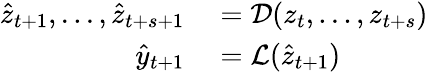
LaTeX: \begin{array}{rl}{\hat{z}_{t+1},...,\hat{z}_{t+s+1}}&{{}=\mathcal{D}(z_{t},...,z_{t+s})}\\ {\hat{y}_{t+1}}&{{}=\mathcal{L}(\hat{z}_{t+1})}\end{array}